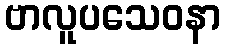
ဗာလူပသေဝနာ